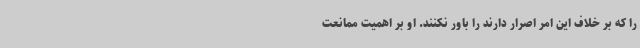
را که بر خلاف این امر اصرار دارند را باور نکنند. او بر اهمیت ممانعت